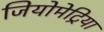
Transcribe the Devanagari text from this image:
जियोमेट्रिया